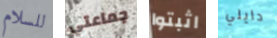
للسلام جماعتي اثبتوا دايلي